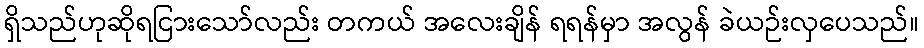
ရှိသည်ဟုဆိုရငြားသော်လည်း တကယ် အလေးချိန် ရရန်မှာ အလွန် ခဲယဉ်းလှပေသည်။